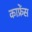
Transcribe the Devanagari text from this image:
काफ्रेंस